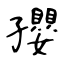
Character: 孾